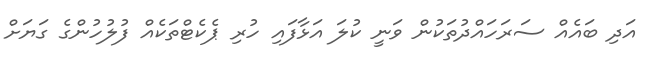
އަދި ބައެއް ސަރަހައްދުތަކުން ވަނީ ކުލަ އަޅާފައި ހުރި ޕެކެޓްތަކެއް ފުލުހުންގެ ގަޔަށް